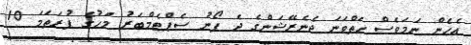
އެހެން ނަމަވެސް ހަތްވަނަ ޖެނެރޭޝަންގެ ދެ ފޯނު ސެޕްޓެމްބަރު މަހުގެ ފުރަތަމަ 10